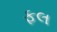
ફલ